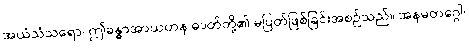
အယံသံသရော၊ ဤခန္ဓာအာယတန ဓာတ်တို့၏ မပြတ်ဖြစ်ခြင်းအစဉ်သည်။ အနမတဂ္ဂေါ၊